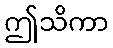
ဤသိကာ